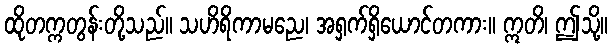
ထိုတက္ကတွန်းတို့သည်။ သဟိရိကာမညေ၊ အရှက်ရှိယောင်တကား။ ဣတိ၊ ဤသို့။